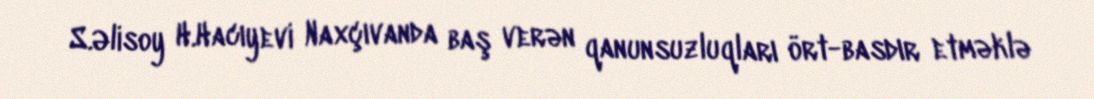
S.Əlisoy H.Hacıyevi Naxçıvanda baş verən qanunsuzluqları ört-basdır etməklə